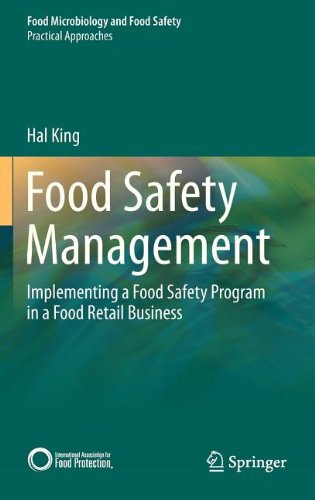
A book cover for Food Safety Management: Implementing a Food Safety Program in a Food Retail Business (Food Microbiology and Food Safety); Hal King; Medical Books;